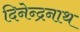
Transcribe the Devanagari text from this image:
दिनेन्द्रनाथ